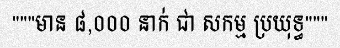
"""មាន ៨,០០០ នាក់ ជា សកម្ម ប្រយុទ្ធ"""